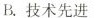
B.技术先进